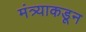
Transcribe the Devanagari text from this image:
मंत्र्याकडून